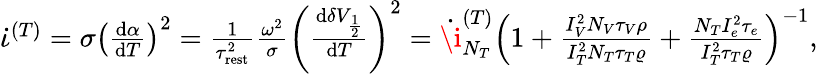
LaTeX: \begin{array}{r}{\dot{\iota}^{(T)}=\sigma\left(\frac{\mathrm{d}\alpha}{\mathrm{d}T}\right)^{2}=\frac{1}{\tau_{\mathrm{rest}}^{2}}\frac{\omega^{2}}{\sigma}\left(\frac{\mathrm{d}\delta V_{\frac{1}{2}}}{\mathrm{d}T}\right)^{2}=\dot{\i}_{N_{T}}^{(T)}\left(1+\frac{I_{V}^{2}N_{V}\tau_{V}\rho}{I_{T}^{2}N_{T}\tau_{T}\varrho}+\frac{N_{T}I_{e}^{2}\tau_{e}}{I_{T}^{2}\tau_{T}\varrho}\right)^{-1},}\end{array}